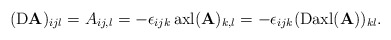
\begin{align*}({\rm D}\mathbf{A})_{ijl}=A_{ij,l}=-\epsilon_{ijk} \, {\rm axl}(\mathbf{A})_{k,l}=-\epsilon_{ijk}({\rm D}{\rm axl}(\mathbf{A}))_{kl}.\end{align*}